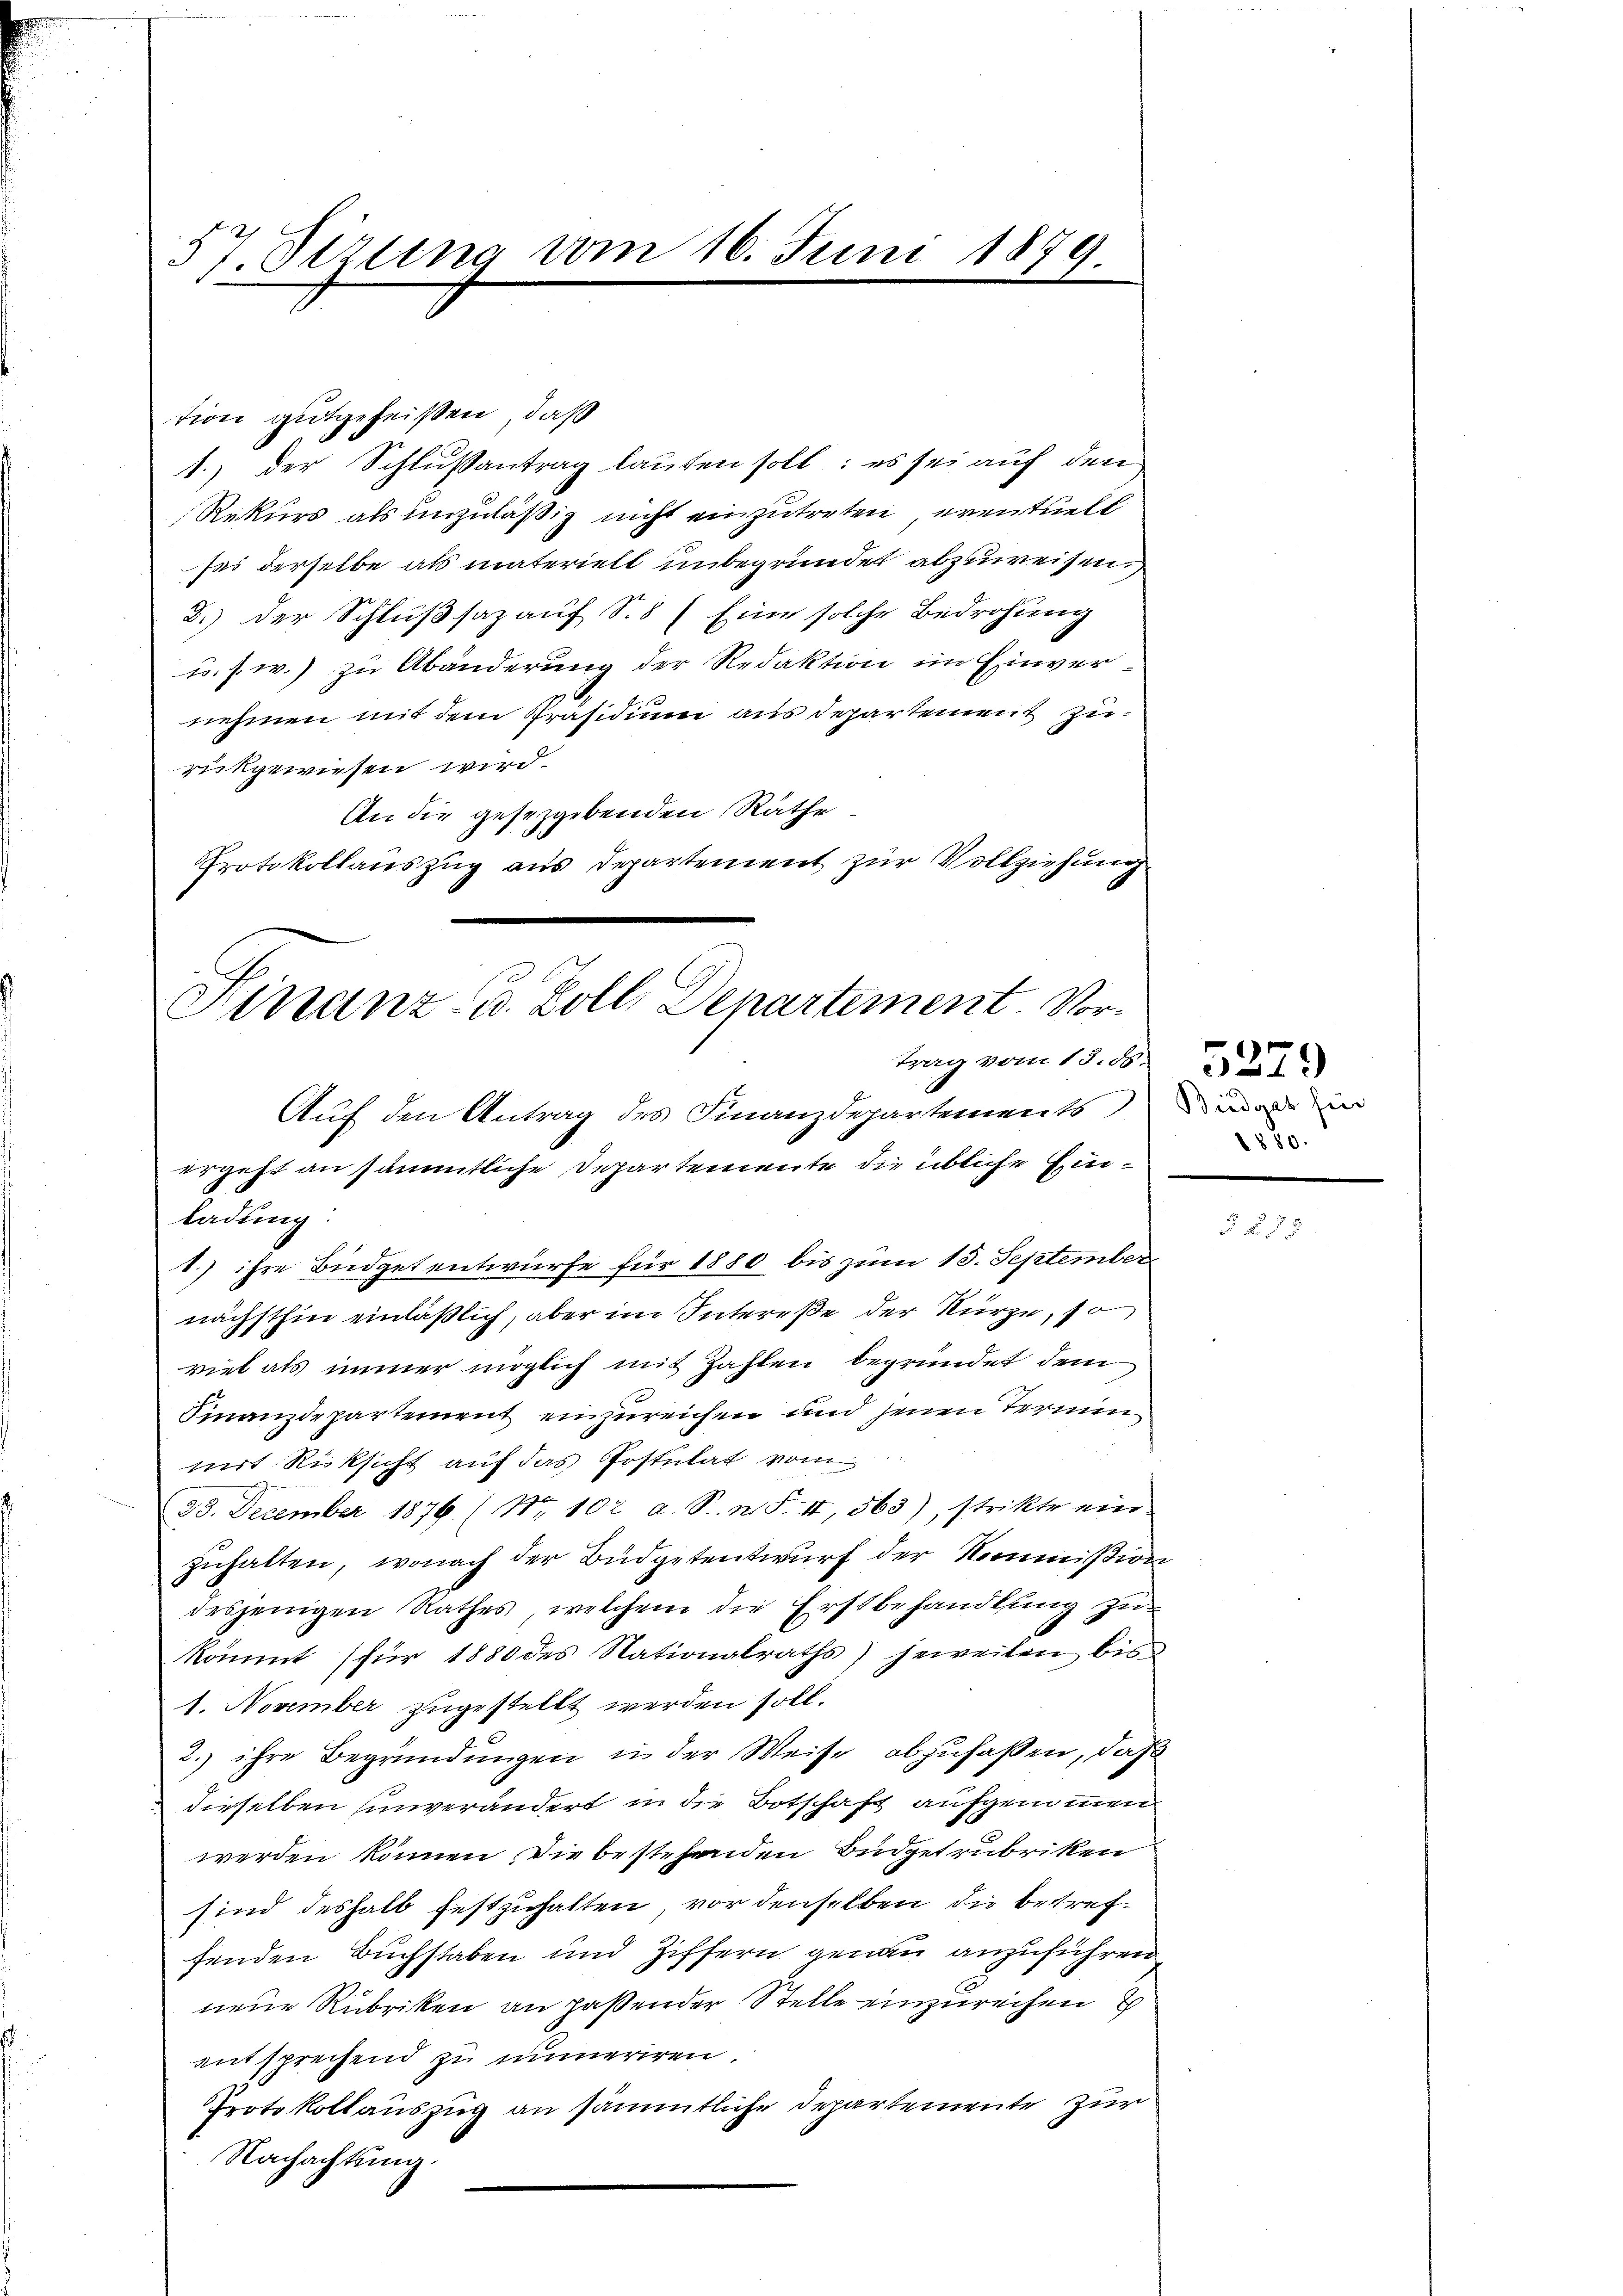
57 Sizung vom 16. Juni 1879
.

tion gutgeheißen, daß
1.) Der Schlußantrag laufen soll: es sei auf den
Rekurs als unzuläßig nicht einzutreten, eventuell
ses derselbe als materielt unbegründet abzuweisen.
3.) Der Schlußsaz auf S.8) Eine solche Bedrohung
u. s. w.) zu Abänderung der Redaktion im Einvernehmen mit dem Präsidium aus Departement zurükgewiesen wird.
An die gesezgebenden Räthe
Protokollauszug aus Departement zur Vollziehung
e
Hinanz- u. Boll Departement. Vor¬

trag vom 13. ds.
Auf den Antrag des Finanzdepartements,
ergeht an sämmtliche Departemente die übliche Ein¬

ladung:
1.) ihre Büdgetentwürfe für 1880 bis zum 13. September
nächsthin einläßlich, aber im Intereße der Kürze, so
viel als immer möglich mit Zahlen begründet dem
Finanzdepartement einzureichen und jenen Termin
mit Rücksicht auf das Postulat vom
23. December 1876. (No 102 a. S. n. F. II, 563), strikte ein-
zuhalten, wonach der Budgetentwurf der Kommißion
desjenigen Rathes, welchem die Erstbehandlung zukömmt (für 1880 des Nationalraths) jeweilen bis
1. November zugestellt werden soll.
2.) ihre Begründungen in der Weise abzufaßen, daß
derselben unverändert in die Botschaft aufgenommen
werden können die bestehenden Budgetrubriken
sind deshalb festzuhalten, vor denselben die betreffenden Buchstaben und Ziffern genau anzuführen
neue Rubriken an paßender Stelle einzurechen
entsprechend zu numeriren.
Protokollauszug an sämmtliche Departemente zur
Nachachtung.

Biedgat für
1880.

5279